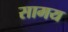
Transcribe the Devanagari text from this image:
सामय